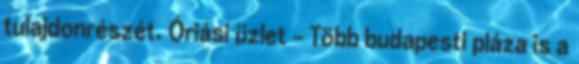
tulajdonrészét. Óriási üzlet - Több budapesti pláza is a